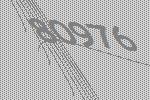
80976